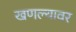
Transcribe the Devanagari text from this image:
खणल्यावर